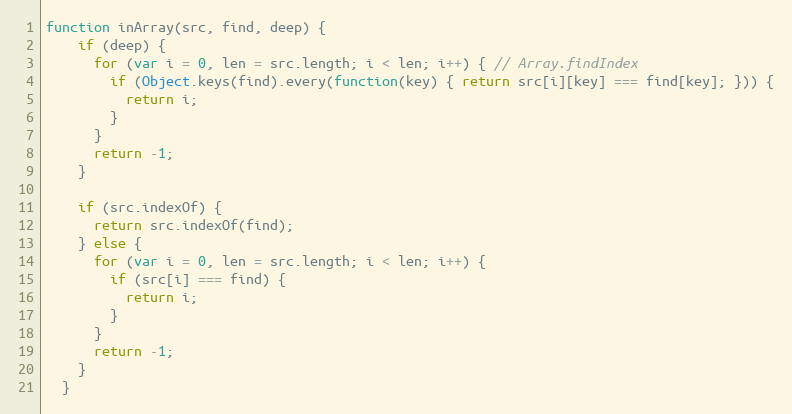
Language: JavaScript
function inArray(src, find, deep) {
    if (deep) {
      for (var i = 0, len = src.length; i < len; i++) { // Array.findIndex
        if (Object.keys(find).every(function(key) { return src[i][key] === find[key]; })) {
          return i;
        }
      }
      return -1;
    }

    if (src.indexOf) {
      return src.indexOf(find);
    } else {
      for (var i = 0, len = src.length; i < len; i++) {
        if (src[i] === find) {
          return i;
        }
      }
      return -1;
    }
  }